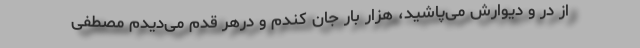
از در و دیوارش می‌پاشید، هزار بار جان کندم و درهر قدم می‌دیدم مصطفی